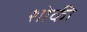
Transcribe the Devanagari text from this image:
शोकी